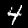
Label: 4